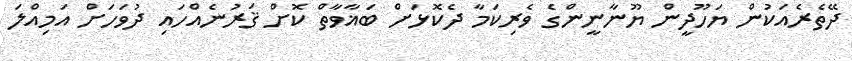
ދޭތެރެއަކުން ޔަހޫދީން ޔޫނާނީންގެ ވެރިކަމާ ދެކޮޅަށް ބަޣާވާތް ކޮށް ޤަރުނެއްހައި ދުވަހަށް އަމިއްލަ